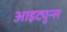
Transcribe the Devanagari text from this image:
आइट्युन्स